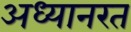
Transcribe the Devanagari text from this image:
अध्यानरत